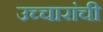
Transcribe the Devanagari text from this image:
उच्चारांची